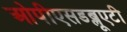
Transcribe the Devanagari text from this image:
ओपीएसडब्लूएटी